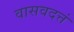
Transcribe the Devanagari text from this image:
वासवदत्तं